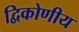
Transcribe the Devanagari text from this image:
द्विकोणीय